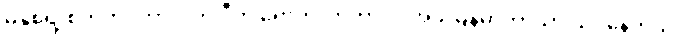
မနှစ်ရဲ့ စက်တင်ဘာလက ဒီကို ရောက်လာတာပါ၊ အခု မြန်မာဘာသာ သင်နေတယ်၊